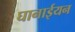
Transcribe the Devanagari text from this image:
घानाईयन